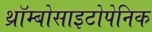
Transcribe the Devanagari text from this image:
थ्रॉम्बोसाइटोपेनिक